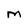
Character: M